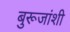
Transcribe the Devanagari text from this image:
बुरूजांशी